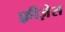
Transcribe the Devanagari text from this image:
फ़्रीज़ेस